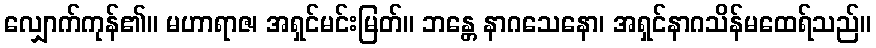
လျှောက်ကုန်၏။ မဟာရာဇ၊ အရှင်မင်းမြတ်။ ဘန္တေ နာဂသေနော၊ အရှင်နာဂသိန်မထေရ်သည်။